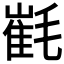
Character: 𣯯